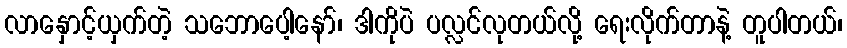
လာနှောင့်ယှက်တဲ့ သဘောပေါ့နော်၊ ဒါကိုပဲ ပလ္လင်လုတယ်လို့ ရေးလိုက်တာနဲ့ တူပါတယ်၊